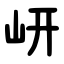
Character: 岍